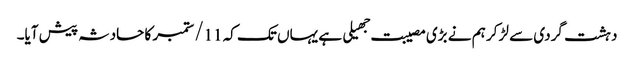
دہشت گردی سے لڑ کر ہم نے بڑی مصیبت جهیلی ہے یہاں تک کہ 11/ ستمبر کا حادثہ پیش آیا۔